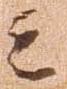
云